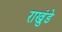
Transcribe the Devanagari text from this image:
राखुंडे